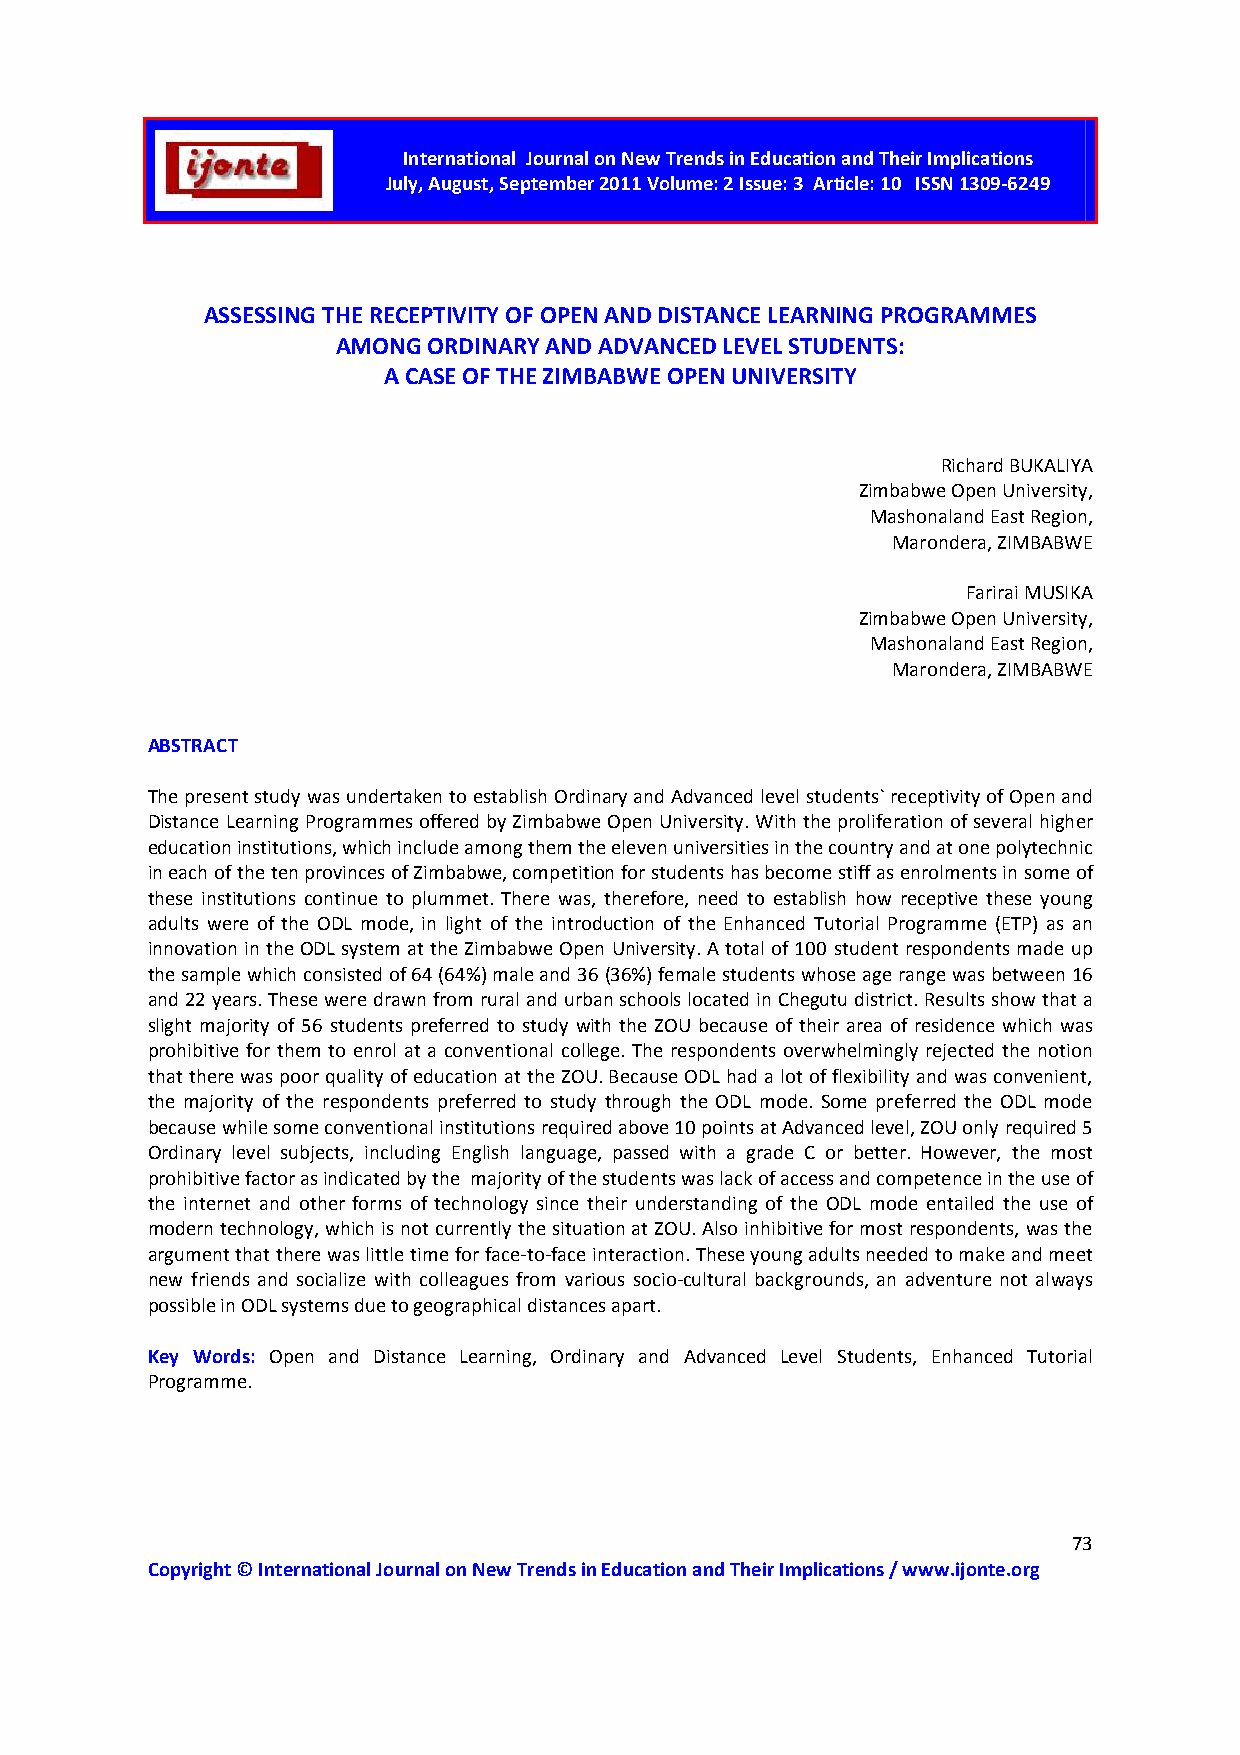
International Journal on New Trends in Education and Their Implications
 July, August, September 2011 Volume: 2 Issue: 3 Article: 10 ISSN 1309-6249
 ASSESSING THE RECEPTIVITY OF OPEN AND DISTANCE LEARNING PROGRAMMES
 AMONG ORDINARY AND ADVANCED LEVEL STUDENTS:
 A CASE OF THE ZIMBABWE OPEN UNIVERSITY
 Richard BUKALIYA
 Zimbabwe Open University,
 Mashonaland East Region,
 Marondera, ZIMBABWE
 Farirai MUSIKA
 Zimbabwe Open University,
 Mashonaland East Region,
 Marondera, ZIMBABWE
 ABSTRACT
 The present study was undertaken to establish Ordinary and Advanced level students` receptivity of Open and
 Distance Learning Programmes offered by Zimbabwe Open University. With the proliferation of several higher
 education institutions, which include among them the eleven universities in the country and at one polytechnic
 in each of the ten provinces of Zimbabwe, competition for students has become stiff as enrolments in some of
 these institutions continue to plummet. There was, therefore, need to establish how receptive these young
 adults were of the ODL mode, in light of the introduction of the Enhanced Tutorial Programme (ETP) as an
 innovation in the ODL system at the Zimbabwe Open University. A total of 100 student respondents made up
 the sample which consisted of 64 (64%) male and 36 (36%) female students whose age range was between 16
 and 22 years. These were drawn from rural and urban schools located in Chegutu district. Results show that a
 slight majority of 56 students preferred to study with the ZOU because of their area of residence which was
 prohibitive for them to enrol at a conventional college. The respondents overwhelmingly rejected the notion
 that there was poor quality of education at the ZOU. Because ODL had a lot of flexibility and was convenient,
 the majority of the respondents preferred to study through the ODL mode. Some preferred the ODL mode
 because while some conventional institutions required above 10 points at Advanced level, ZOU only required 5
 Ordinary level subjects, including English language, passed with a grade C or better. However, the most
 prohibitive factor as indicated by the majority of the students was lack of access and competence in the use of
 the internet and other forms of technology since their understanding of the ODL mode entailed the use of
 modern technology, which is not currently the situation at ZOU. Also inhibitive for most respondents, was the
 argument that there was little time for face-to-face interaction. These young adults needed to make and meet
 new friends and socialize with colleagues from various socio-cultural backgrounds, an adventure not always
 possible in ODL systems due to geographical distances apart.
 Key Words: Open and Distance Learning, Ordinary and Advanced Level Students, Enhanced Tutorial
 Programme.
 73
 Copyright © International Journal on New Trends in Education and Their Implications / www.ijonte.org